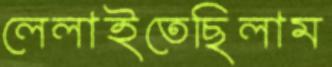
লেলাইতেছিলাম